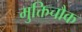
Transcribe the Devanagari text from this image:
मुक्तिचौक